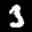
Label: 3